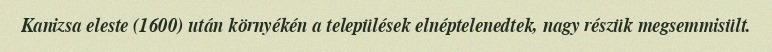
Kanizsa eleste (1600) után környékén a települések elnéptelenedtek, nagy részük megsemmisült.